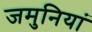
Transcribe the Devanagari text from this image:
जमुनियां